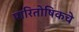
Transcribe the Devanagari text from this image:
पारितोषिकचे